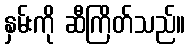
နှမ်းကို ဆီကြိတ်သည်။